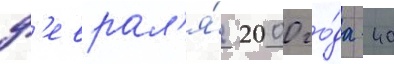
ф'еврал'я́ 2000 го́да 40